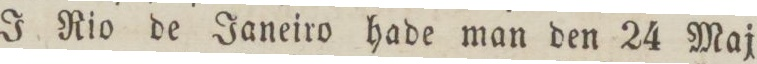
J Rio de Janeiro hade man den 24 Maj